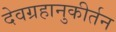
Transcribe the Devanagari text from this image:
देवग्रहानुकीर्तन